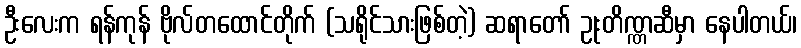
ဦးလေးက ရန်ကုန် ဗိုလ်တထောင်တိုက် (သရိုင်သားဖြစ်တဲ့) ဆရာတော် ဥုးတိဏ္ဏဆီမှာ နေပါတယ်၊